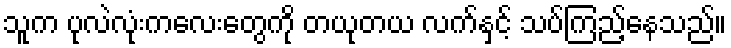
သူက ပုလဲလုံးကလေးတွေကို တယုတယ လက်နှင့် သပ်ကြည့်နေသည်။